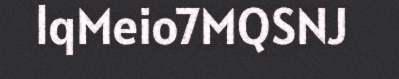
lqMeio7MQSNJ